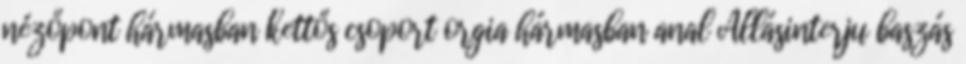
nézőpont hármasban kettős csoport orgia hármasban anal Állásinterju baszás